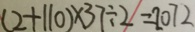
( 2 + 1 1 0 ) \times 3 7 \div 2 = 2 0 7 2